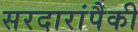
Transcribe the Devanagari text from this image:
सरदारांपैकी